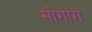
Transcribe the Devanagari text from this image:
सोगांग